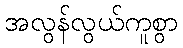
အလွန်လွယ်ကူစွာ